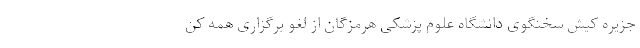
جزیره کیش سخنگوی دانشگاه علوم پزشکی هرمزگان از لغو برگزاری همه کن